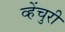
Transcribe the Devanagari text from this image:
व्हेंचुरी